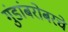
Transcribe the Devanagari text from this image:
गुंडांबरोबरचे